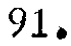
91